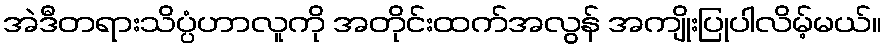
အဲဒီတရားသိပ္ပံဟာလူကို အတိုင်းထက်အလွန် အကျိုးပြုပါလိမ့်မယ်။